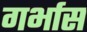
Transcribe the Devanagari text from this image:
गर्भास